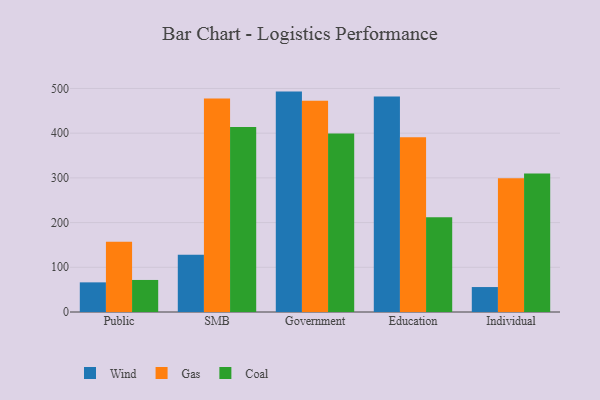
{"axis": {"x": "Segment", "y": "Page Views"}, "legend": ["Coal", "Gas", "Wind"], "data": [{"x": "Public", "y": 66.3, "type": "Wind"}, {"x": "Public", "y": 157.0, "type": "Gas"}, {"x": "Public", "y": 71.7, "type": "Coal"}, {"x": "SMB", "y": 127.8, "type": "Wind"}, {"x": "SMB", "y": 477.7, "type": "Gas"}, {"x": "SMB", "y": 413.7, "type": "Coal"}, {"x": "Government", "y": 493.0, "type": "Wind"}, {"x": "Government", "y": 472.4, "type": "Gas"}, {"x": "Government", "y": 399.5, "type": "Coal"}, {"x": "Education", "y": 482.0, "type": "Wind"}, {"x": "Education", "y": 390.7, "type": "Gas"}, {"x": "Education", "y": 211.9, "type": "Coal"}, {"x": "Individual", "y": 55.8, "type": "Wind"}, {"x": "Individual", "y": 299.0, "type": "Gas"}, {"x": "Individual", "y": 309.9, "type": "Coal"}]}